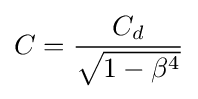
C={\frac {C_{d}}{\sqrt {1-\beta ^{4}}}}